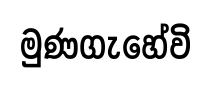
මුණගැහේවි